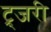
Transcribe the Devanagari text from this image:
ट्र्जरी